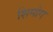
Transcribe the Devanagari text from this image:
शिमोग